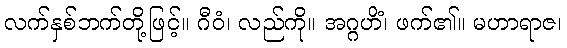
လက်နှစ်ဘက်တို့ဖြင့်။ ဂီဝံ၊ လည်ကို။ အဂ္ဂဟိံ၊ ဖက်၏။ မဟာရာဇ၊